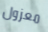
معزول